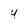
Character: 4